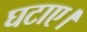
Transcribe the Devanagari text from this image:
घटाए।